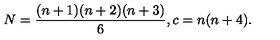
N = \frac { ( n + 1 ) ( n + 2 ) ( n + 3 ) } { 6 } , c = n ( n + 4 ) .